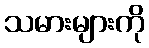
သမားများကို